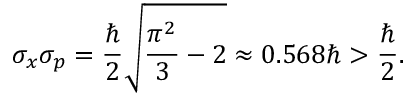
\sigma _ { x } \sigma _ { p } = { \frac { \hbar } { 2 } } { \sqrt { { \frac { \pi ^ { 2 } } { 3 } } - 2 } } \approx 0 . 5 6 8 \hbar > { \frac { \hbar } { 2 } } .